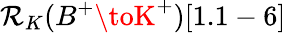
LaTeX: \mathcal{R}_{K}(B^{+}\toK^{+})[1.1-6]